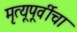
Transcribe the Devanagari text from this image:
मृत्यूपूर्वीचा